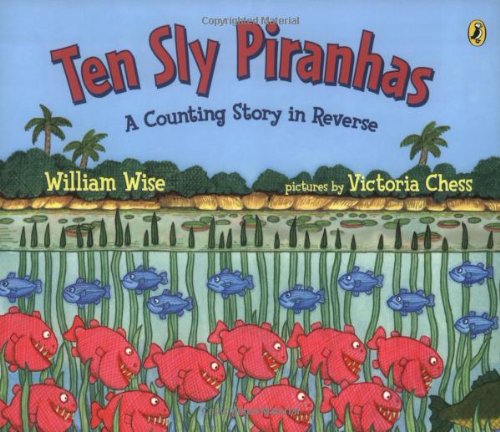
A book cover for Ten Sly Piranhas; William Wise; Children's Books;